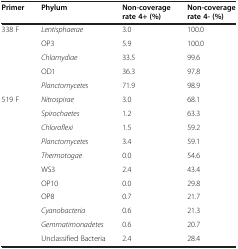
| Primer | Phylum | Non-coverage rate 4+ (%) | Non-coverage rate 4- (%) |
 | --- | --- | --- | --- |
 | 338 F | Lentisphaerae | 3.0 | 100.0 |
 |  | OP3 | 5.9 | 100.0 |
 |  | Chlamydiae | 33.5 | 99.6 |
 |  | OD1 | 36.3 | 97.8 |
 |  | Planctomycetes | 71.9 | 98.9 |
 | 519 F | Nitrospirae | 3.0 | 68.1 |
 |  | Spirochaetes | 1.2 | 63.3 |
 |  | Chloroflexi | 1.5 | 59.2 |
 |  | Planctomycetes | 3.4 | 59.1 |
 |  | Thermotogae | 0.0 | 54.6 |
 |  | WS3 | 2.4 | 43.4 |
 |  | OP10 | 0.0 | 29.8 |
 |  | OP8 | 0.7 | 21.7 |
 |  | Cyanobacteria | 0.6 | 21.3 |
 |  | Gemmatimonadetes | 0.6 | 20.7 |
 |  | Unclassified Bacteria | 2.4 | 28.4 |